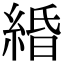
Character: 緍